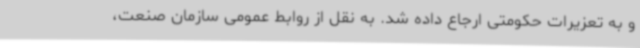
و به تعزیرات حکومتی ارجاع داده شد. به نقل از روابط عمومی سازمان صنعت،